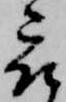
被